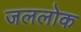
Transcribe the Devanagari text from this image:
जललोक